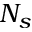
N _ { s }